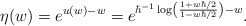
\begin{align*}\eta(w)=e^{u(w)-w}=e^{\hbar^{-1}\log\left(\frac{1+w\hbar/2}{1-w\hbar/2}\right)-w}.\end{align*}